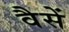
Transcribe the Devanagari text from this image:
वैसें